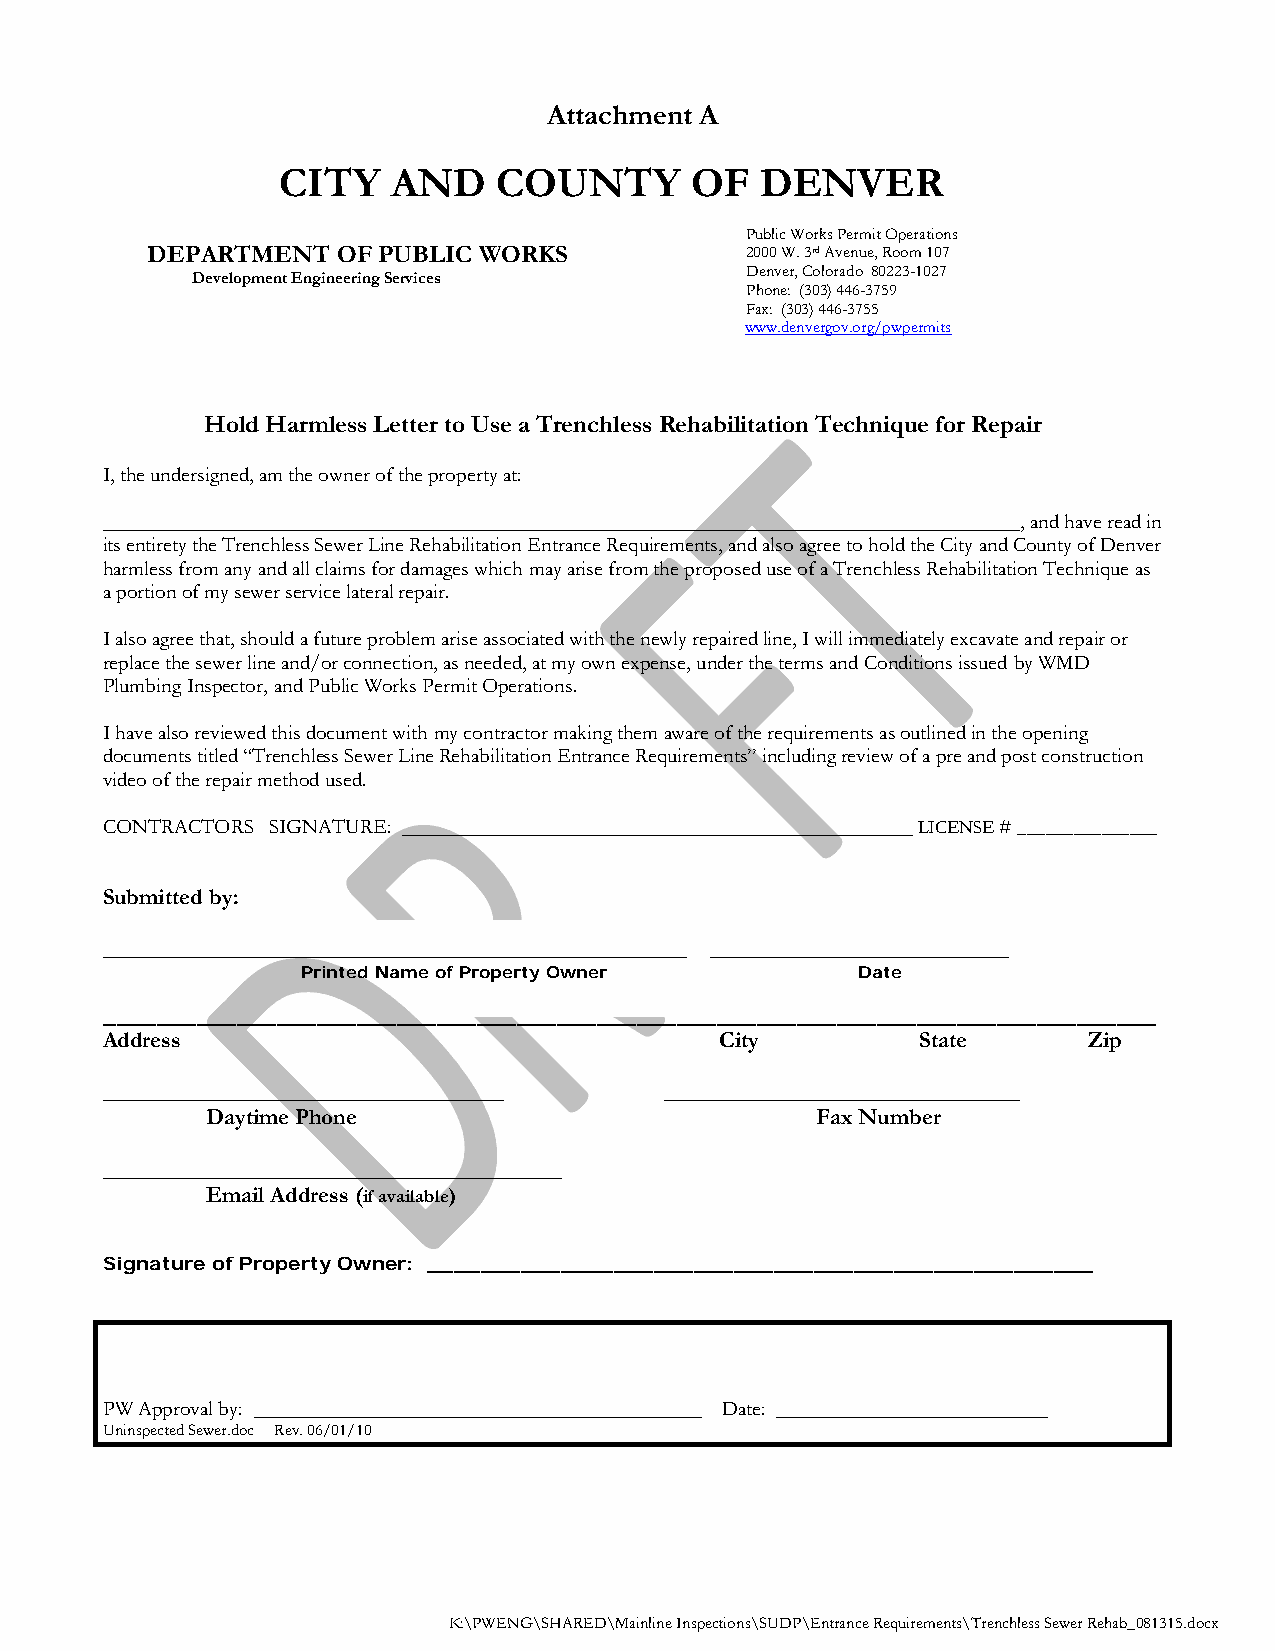
Attachment A
 CITY   AND    COUNTY       OF  DENVER
 Public Works Permit Operations
 DEPARTMENT  OF PUBLIC WORKS            2000 W. 3rd Avenue, Room 107
 Denver, Colorado 80223-1027
 Development Engineering Services
 Phone: (303) 446-3759
 Fax: (303) 446-3755
 www.denvergov.org/pwpermits
 Hold Harmless Letter to Use a Trenchless Rehabilitation Technique for Repair
 I, the undersigned, am the owner of the property at:
 ________________________________________________________________________________________, and have read in
 its entirety the Trenchless Sewer Line Rehabilitation Entrance Requirements, and also agree to hold the City and County of Denver
 harmless from any and all claims for damages which may arise from the proposed use of a Trenchless Rehabilitation Technique as
 a portion of my sewer service lateral repair.
 I also agree that, should a future problem arise associated with the newly repaired line, I will immediately excavate and repair or
 replace the sewer line and/or connection, as needed, at my own expense, under the terms and Conditions issued by WMD
 Plumbing Inspector, and Public Works Permit Operations.
 I have also reviewed this document with my contractor making them aware of the requirements as outlined in the opening
 documents titled “Trenchless Sewer Line Rehabilitation Entrance Requirements” including review of a pre and post construction
 video of the repair method used.
 CONTRACTORS SIGNATURE: _________________________________________________ LICENSE # _______________
 Submitted by:
 ___________________________________________________ __________________________
 Printed Name of Property Owner       Date
 _______________________________________________________________________________
 Address                                  City         State      Zip
 ___________________________________  _______________________________
 Daytime Phone                           Fax Number
 ________________________________________
 Email Address (if available)
 Signature of Property Owner: __________________________________________________
 PW Approval by: ___________________________________________ Date: __________________________
 Uninspected Sewer.doc Rev. 06/01/10
 K:\PWENG\SHARED\Mainline Inspections\SUDP\Entrance Requirements\Trenchless Sewer Rehab_081315.docx